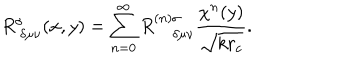
LaTeX: R _ { ~ \delta \mu \nu } ^ { \sigma } ( x , y ) = \sum _ { n = 0 } ^ { \infty } R _ { ~ \delta \mu \nu } ^ { ( n ) \sigma } \frac { \chi ^ { n } ( y ) } { \sqrt { k r _ { c } } } .